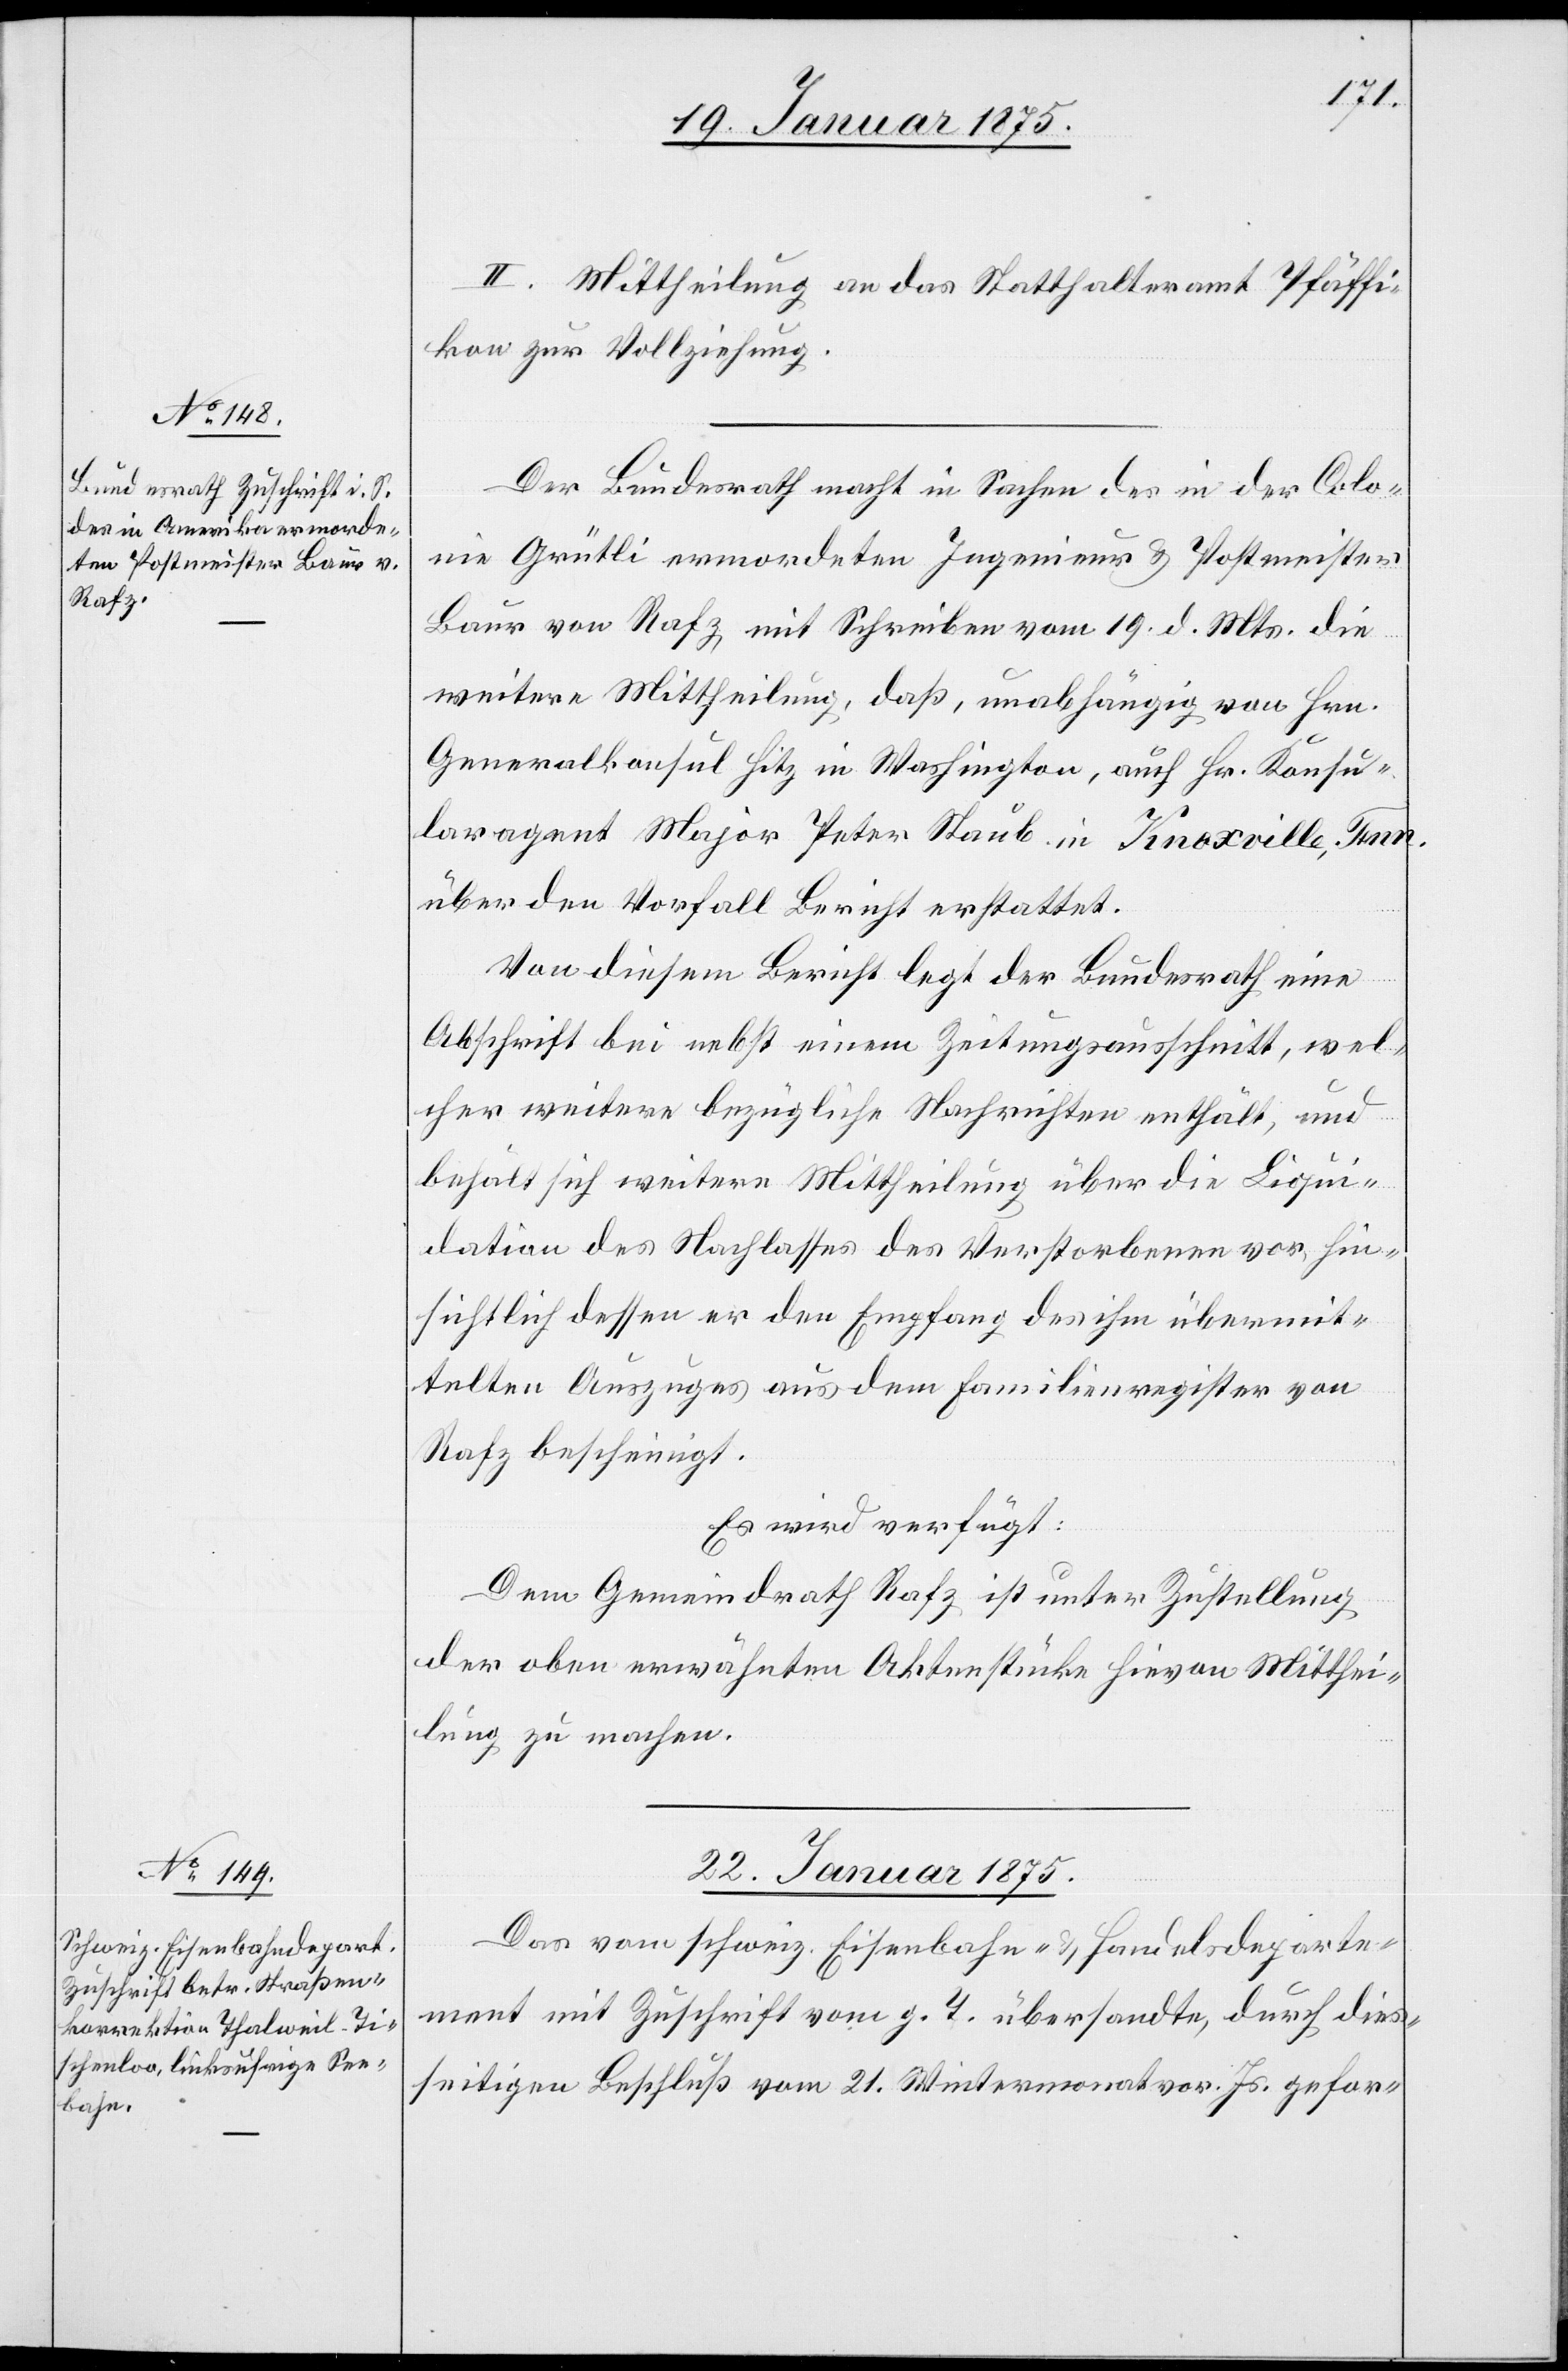
II. Mittheilung an das Statthalteramt Pfäffi¬
kon zur Vollziehung.
Der Bundesrath macht in Sachen des in der Colo¬
nie Grütli ermordeten Ingenieur & Postmeister
Baur von Rafz, mit Schreiben vom 19. d. Mts. die
weitere Mittheilung, daß, unabhängig von Hrn.
Generalkonsul Hitz in Washington, auch Hr. Konsu¬
laragent Major Peter Staub in Knoxville, Tenn.
über den Vorfall Bericht erstattet.
Von diesem Bericht legt der Bundesrath eine
Abschrift bei nebst einem Zeitungsausschnitt, wel¬
cher weitere bezügliche Nachrichten enthält, und
behält sich weitere Mittheilung über die Liqui¬
dation des Nachlasses des Verstorbenen vor hin¬
sichtlich dessen er den Empfang des ihm übermit¬
telten Auszuges aus dem Familienregister von
Rafz bescheinigt.
Es wird verfügt:
Dem Gemeindrath Rafz ist unter Zustellung
der oben erwähnten Aktenstücke hievon Mitthei¬
lung zu machen.
22. Januar 1875.
Das vom schweiz. Eisenbahn- & Handelsdeparte¬
ment mit Zuschrift vom g. T. übersandte, durch dies¬
seitigen Beschluß vom 21. Wintermonat vor. Js. gefor-